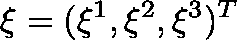
\mathbf { \xi } = ( \xi ^ { 1 } , \xi ^ { 2 } , \xi ^ { 3 } ) ^ { T }